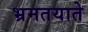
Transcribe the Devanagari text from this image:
भ्रमतयाते